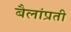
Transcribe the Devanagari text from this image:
बैलांप्रती